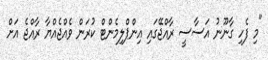
"މި ފެހި ގާނޫނު އަސާސީ ރާއްޖޭގައި އިންޕްލިމެންޓް ކުރަން ވެއްޖެއްޔާ ރާއްޖެ އަށް